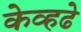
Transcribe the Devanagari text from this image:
केव्हढे